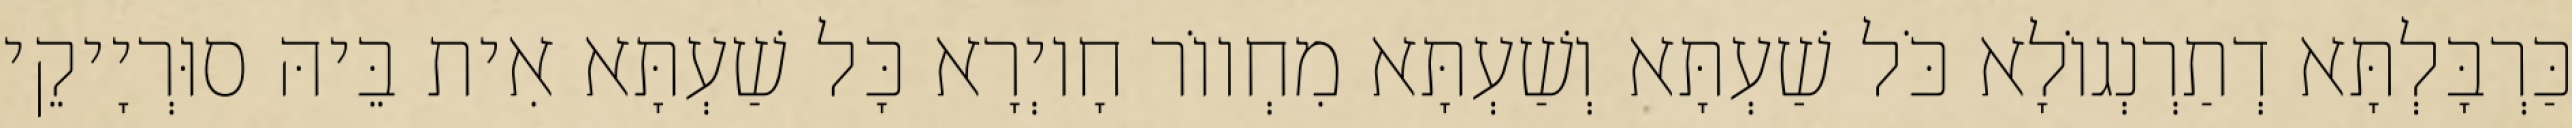
כַּרְבָּלְתָּא דְתַרְנְגוֹלָא כֹּל שַׁעְתָּא וְשַׁעְתָּא מִחְווֹר חָיוְרָא כָּל שַׁעְתָּא אִית בֵּיהּ סוּרְיָיקֵי